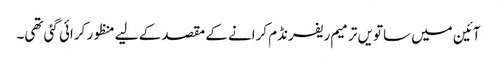
آئین میں ساتویں ترمیم ریفرنڈم کرانے کے مقصد کے لیے منظور کرائی گئی تھی۔